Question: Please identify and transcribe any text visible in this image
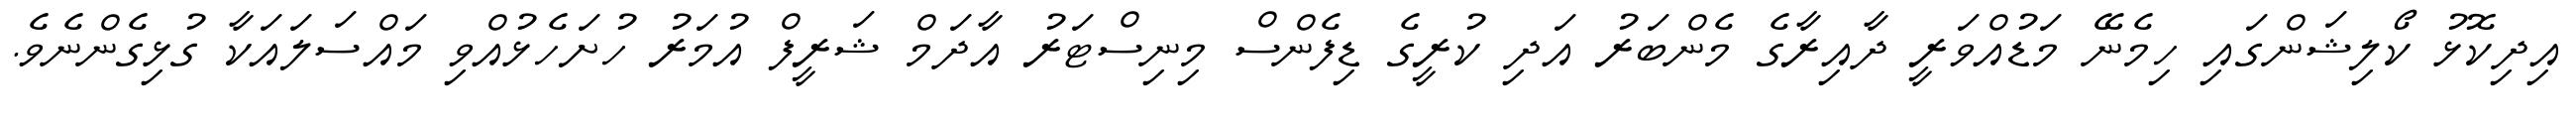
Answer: އިދިކޮޅު ކޯލިޝަންގައި ހިމެނޭ މަޑުއްވަރީ ދާއިރާގެ މެންބަރު އަދި ކުރީގެ ޑިފެންސް މިނިސްޓަރު އާދަމް ޝަރީފް އުމަރު ހުށަހެޅުއްވި މައްސަލައަކާ ގުޅިގެންނެވެ.